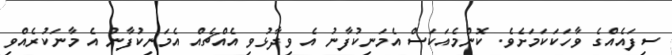
ސިފައެއްގެ ވާހަކަކަމަށެވެ. ކޮންމެއަކަސް އެމަނިކުފާނު އެ ވިދާޅުވި އެއްޗެއް އެމަނިކުފާނު އެ މާނަކުރެއްވި